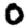
Digit: 0